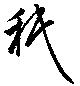
秖